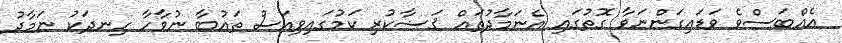
އެއްބަސްވެ ވަޑައިގަންނަވާ ގޮތުގައި އެނަމާދުތައް ޤަޟާކުރި ކަމުގައިވިއަސް ތައުބާ ނުވާހާ ހިނދަކު ނަމާދު